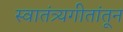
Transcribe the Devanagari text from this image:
स्वातंत्र्यगीतांतून